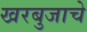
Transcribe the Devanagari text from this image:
खरबुजाचे